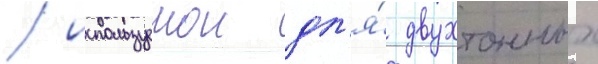
/ используемои дл'я́ двухтонных